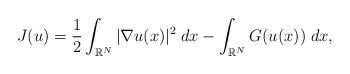
LaTeX: \begin{align*}J(u) = \dfrac{1}{2}\int_{\mathbb{R}^N}|\nabla u(x)|^2\;dx - \int_{\mathbb{R}^N}G(u(x))\;dx,\end{align*}